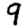
Digit: 9